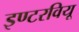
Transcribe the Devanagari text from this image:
इण्टरवियू